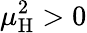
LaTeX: \mu_{\mathrm{H}}^{2}>0